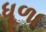
ધૂળા